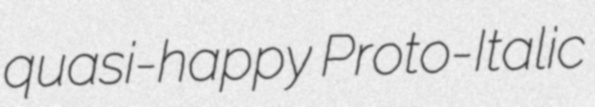
quasi-happy Proto-Italic